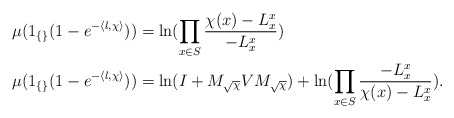
\begin{align*}&\mu(1_{\{\}}(1-e^{-\langle l,\chi\rangle}))=\ln(\prod\limits_{x\in S}\frac{\chi(x)-L^x_x}{-L^x_x})\\&\mu(1_{\{\}}(1-e^{-\langle l,\chi\rangle}))=\ln(I+M_{\sqrt{\chi}}VM_{\sqrt{\chi}})+\ln(\prod\limits_{x\in S}\frac{-L^x_x}{\chi(x)-L^x_x}).\end{align*}